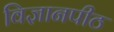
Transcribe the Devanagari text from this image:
विज्ञानपीठ